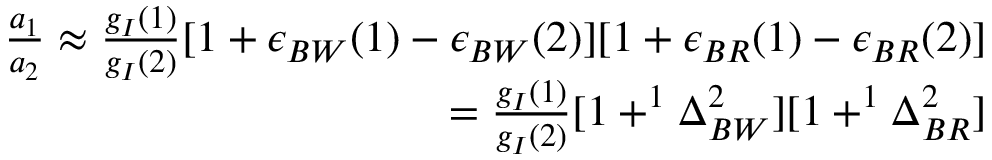
\begin{array} { r } { \frac { a _ { 1 } } { a _ { 2 } } \approx { \frac { g _ { I } { ( 1 ) } } { g _ { I } { ( 2 ) } } { [ 1 + \epsilon _ { B W } ( 1 ) - \epsilon _ { B W } ( 2 ) ] [ 1 + \epsilon _ { B R } ( 1 ) - \epsilon _ { B R } ( 2 ) ] } } } \\ { = { \frac { g _ { I } { ( 1 ) } } { g _ { I } { ( 2 ) } } { [ 1 + ^ { 1 } \Delta _ { B W } ^ { 2 } ] [ 1 + ^ { 1 } \Delta _ { B R } ^ { 2 } ] } } } \end{array}